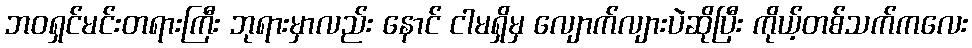
ဘဝရှင်မင်းတရားကြီး ဘုရားမှာလည်း နောင် ငါမရှိမှ လျောက်လျားပဲဆိုပြီး ကိုယ့်တစ်သက်ကလေး